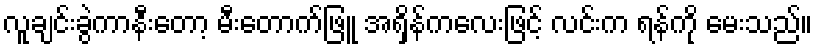
လူချင်းခွဲကာနီးတော့ မီးတောက်ဖြူ အရှိန်ကလေးဖြင့် လင်းက ရန်ကို မေးသည်။